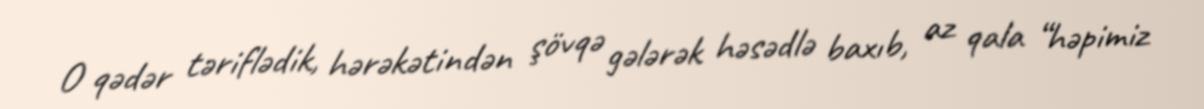
O qədər təriflədik, hərəkətindən şövqə gələrək həsədlə baxıb, az qala “həpimiz